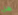
هل